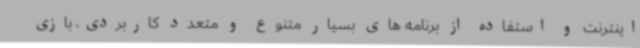
اینترنت و استفاده از برنامه های بسیار متنوع و متعدد کاربردی، بازی